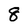
Character: 8